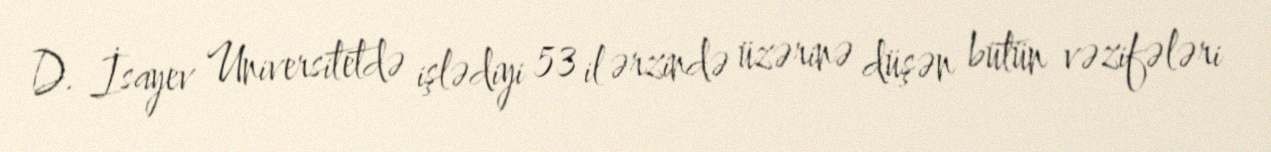
D. İsayev Universitetdə işlədiyi 53 il ərzində üzərinə düşən bütün vəzifələri